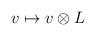
LaTeX: \begin{align*} v\mapsto v\otimes L\end{align*}